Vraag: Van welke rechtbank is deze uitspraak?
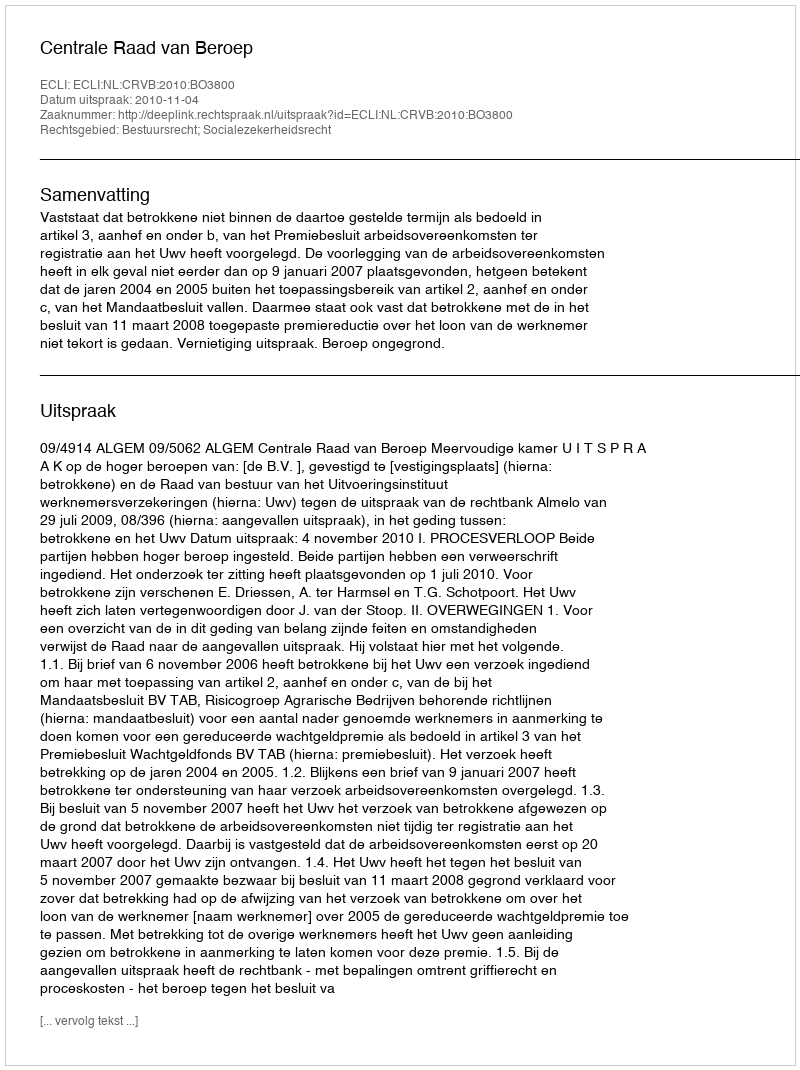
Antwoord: Centrale Raad van Beroep